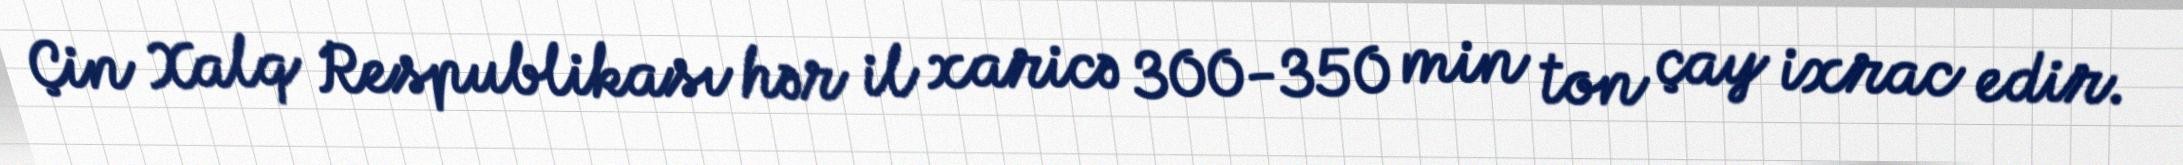
Çin Xalq Respublikası hər il xaricə 300-350 min ton çay ixrac edir.